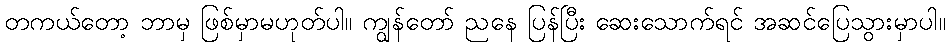
တကယ်တော့ ဘာမှ ဖြစ်မှာမဟုတ်ပါ။ ကျွန်တော် ညနေ ပြန်ပြီး ဆေးသောက်ရင် အဆင်ပြေသွားမှာပါ။